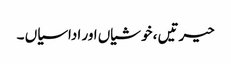
حیرتیں ، خوشیاں اور اداسیاں ۔